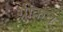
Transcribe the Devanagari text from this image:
ग्रीकच